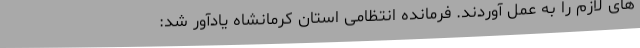
های لازم را به عمل آوردند. فرمانده انتظامی استان کرمانشاه یادآور شد: